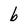
Character: b